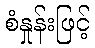
စံနှုန်းဖြင့်